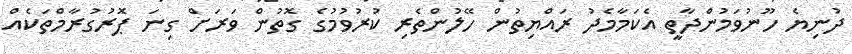
ދުނިޔެ ހޫނުވަމުންދާތީ އެކަމާމެދު ރައްޔިތުން ހޭލުންތެރި ކުރުވުމުގެ ގޮތުން ވަރަށް ގިނަ ޕޮރުގުރާމްތަކެއް